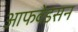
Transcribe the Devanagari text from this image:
आफवेडसन